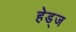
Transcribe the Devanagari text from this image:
हेड्ज